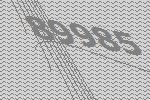
89985